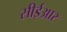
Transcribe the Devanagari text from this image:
सीईआर